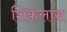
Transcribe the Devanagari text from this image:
शिकलास